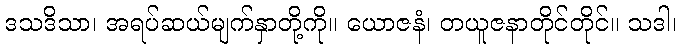
ဒသဒိသာ၊ အရပ်ဆယ်မျက်နှာတို့ကို။ ယောဇနံ၊ တယူဇနာတိုင်တိုင်။ သဒါ၊